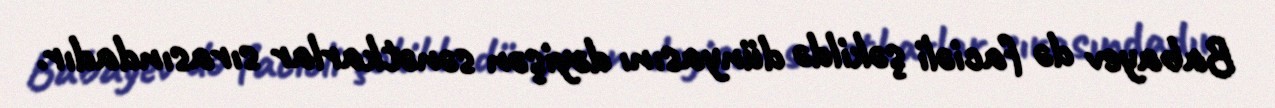
Babayev də faciəli şəkildə dünyasını dəyişən sənətkarlar sırasındadır.